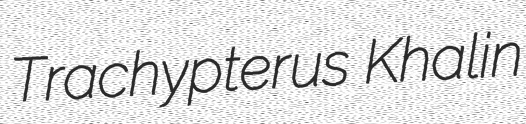
Trachypterus Khalin